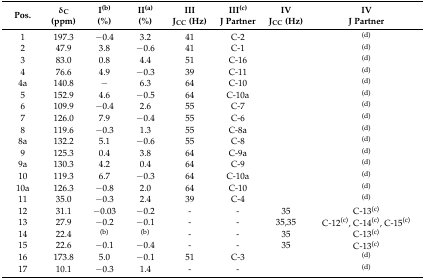
<table><thead><tr><td><b>Pos.</b></td><td><b>δ<sub>C</sub>(ppm)</b></td><td><b>I<sup>(b)</sup>(%)</b></td><td><b>II<sup>(a)</sup>(%)</b></td><td><b>III J<sub>CC</sub> (Hz)</b></td><td><b>III<sup>(c)</sup>J Partner</b></td><td><b>IV J<sub>CC</sub> (Hz)</b></td><td><b>IV J Partner</b></td></tr></thead><tbody><tr><td>1</td><td>197.3</td><td>−0.4</td><td>3.2</td><td>41</td><td>C-2</td><td></td><td><sup>(d)</sup></td></tr><tr><td>2</td><td>47.9</td><td>3.8</td><td>−0.6</td><td>41</td><td>C-1</td><td></td><td><sup>(d)</sup></td></tr><tr><td>3</td><td>83.0</td><td>0.8</td><td>4.4</td><td>51</td><td>C-16</td><td></td><td><sup>(d)</sup></td></tr><tr><td>4</td><td>76.6</td><td>4.9</td><td>−0.3</td><td>39</td><td>C-11</td><td></td><td><sup>(d)</sup></td></tr><tr><td>4a</td><td>140.8</td><td>−</td><td>6.3</td><td>64</td><td>C-10</td><td></td><td><sup>(d)</sup></td></tr><tr><td>5</td><td>152.9</td><td>4.6</td><td>−0.5</td><td>64</td><td>C-10a</td><td></td><td><sup>(d)</sup></td></tr><tr><td>6</td><td>109.9</td><td>−0.4</td><td>2.6</td><td>55</td><td>C-7</td><td></td><td><sup>(d)</sup></td></tr><tr><td>7</td><td>126.0</td><td>7.9</td><td>−0.4</td><td>55</td><td>C-6</td><td></td><td><sup>(d)</sup></td></tr><tr><td>8</td><td>119.6</td><td>−0.3</td><td>1.3</td><td>55</td><td>C-8a</td><td></td><td><sup>(d)</sup></td></tr><tr><td>8a</td><td>132.2</td><td>5.1</td><td>−0.6</td><td>55</td><td>C-8</td><td></td><td><sup>(d)</sup></td></tr><tr><td>9</td><td>125.3</td><td>0.4</td><td>3.8</td><td>64</td><td>C-9a</td><td></td><td><sup>(d)</sup></td></tr><tr><td>9a</td><td>130.3</td><td>4.2</td><td>0.4</td><td>64</td><td>C-9</td><td></td><td><sup>(d)</sup></td></tr><tr><td>10</td><td>119.3</td><td>6.7</td><td>−0.3</td><td>64</td><td>C-10a</td><td></td><td><sup>(d)</sup></td></tr><tr><td>10a</td><td>126.3</td><td>−0.8</td><td>2.0</td><td>64</td><td>C-10</td><td></td><td><sup>(d)</sup></td></tr><tr><td>11</td><td>35.0</td><td>−0.3</td><td>2.4</td><td>39</td><td>C-4</td><td></td><td><sup>(d)</sup></td></tr><tr><td>12</td><td>31.1</td><td>−0.03</td><td>−0.2</td><td>-</td><td>-</td><td>35</td><td>C-13<sup>(c)</sup></td></tr><tr><td>13</td><td>27.9</td><td>−0.2</td><td>−0.1</td><td>-</td><td>-</td><td>35,35</td><td>C-12<sup>(c)</sup>, C-14<sup>(c)</sup>, C-15<sup>(c)</sup></td></tr><tr><td>14</td><td>22.4</td><td><sup>(b)</sup></td><td><sup>(b)</sup></td><td>-</td><td>-</td><td>35</td><td>C-13<sup>(c)</sup></td></tr><tr><td>15</td><td>22.6</td><td>−0.1</td><td>−0.4</td><td>-</td><td>-</td><td>35</td><td>C-13<sup>(c)</sup></td></tr><tr><td>16</td><td>173.8</td><td>5.0</td><td>−0.1</td><td>51</td><td>C-3</td><td></td><td><sup>(d)</sup></td></tr><tr><td>17</td><td>10.1</td><td>−0.3</td><td>1.4</td><td>-</td><td>-</td><td></td><td><sup>(d)</sup></td></tr></tbody></table>